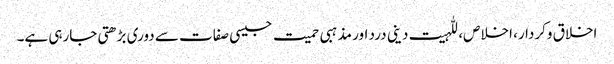
اخلاق وکردار، اخلاص، للہیت دینی درد اور مذہبی حمیت جیسی صفات سے دوری بڑھتی جارہی ہے۔